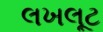
લખલૂટ